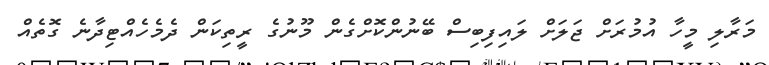
މަރާލި މީހާ އުމުރަށް ޖަލަށް ލައިފިބިސް ބޭނުންކޮށްގެން މޫނުގެ ރީތިކަން ދެމެހެއްޓިދާނެ ގޮތެއް